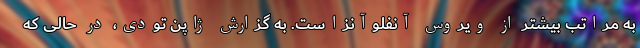
به مراتب بیشتر از ویروس آنفلوآنزاست. به گزارش ژاپن تودی، در حالی که